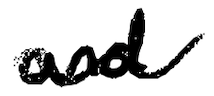
Text: and
Cross-out: wave
Writing tool: digital_black